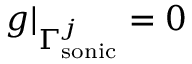
g | _ { \Gamma _ { \mathrm { s o n i c } } ^ { j } } = 0